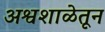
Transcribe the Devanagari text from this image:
अश्वशाळेतून